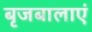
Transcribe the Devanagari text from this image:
बृजबालाएं